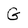
Character: G